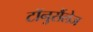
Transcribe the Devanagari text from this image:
टॉनुसैंलेज